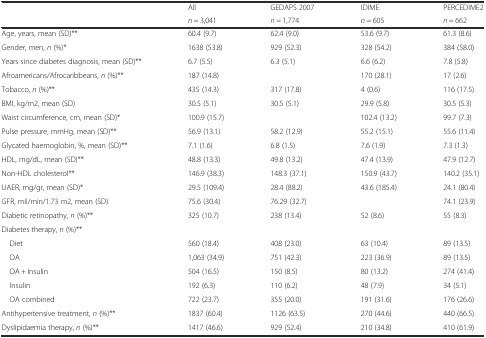
<table><thead><tr><td rowspan="2"></td><td><b>All</b></td><td><b>GEDAPS 2007</b></td><td><b>IDIME</b></td><td><b>PERCEDIME2</b></td></tr><tr><td><b><i>n</i> = 3,041</b></td><td><b><i>n</i> = 1,774</b></td><td><b><i>n</i> = 605</b></td><td><b><i>n</i> = 662</b></td></tr></thead><tbody><tr><td>Age, years, mean (SD)**</td><td>60.4 (9.7)</td><td>62.4 (9.0)</td><td>53.6 (9.7)</td><td>61.3 (8.6)</td></tr><tr><td>Gender, men, <i>n</i> (%)*</td><td>1638 (53.8)</td><td>929 (52.3)</td><td>328 (54.2)</td><td>384 (58.0)</td></tr><tr><td>Years since diabetes diagnosis, mean (SD)**</td><td>6.7 (5.5)</td><td>6.3 (5.1)</td><td>6.6 (6.2)</td><td>7.8 (5.8)</td></tr><tr><td>Afroamericans/Afrocaribbeans, <i>n</i> (%)**</td><td>187 (14.8)</td><td></td><td>170 (28.1)</td><td>17 (2.6)</td></tr><tr><td>Tobacco, <i>n</i> (%)**</td><td>435 (14.3)</td><td>317 (17.8)</td><td>4 (0.6)</td><td>116 (17.5)</td></tr><tr><td>BMI, kg/m2, mean (SD)</td><td>30.5 (5.1)</td><td>30.5 (5.1)</td><td>29.9 (5.8)</td><td>30.5 (5.3)</td></tr><tr><td>Waist circumference, cm, mean (SD)*</td><td>100.9 (15.7)</td><td></td><td>102.4 (13.2)</td><td>99.7 (7.3)</td></tr><tr><td>Pulse pressure, mmHg, mean (SD)**</td><td>56.9 (13.1)</td><td>58.2 (12.9)</td><td>55.2 (15.1)</td><td>55.6 (11.4)</td></tr><tr><td>Glycated haemoglobin, %, mean (SD)**</td><td>7.1 (1.6)</td><td>6.8 (1.5)</td><td>7.6 (1.9)</td><td>7.3 (1.3)</td></tr><tr><td>HDL, mg/dL, mean (SD)**</td><td>48.8 (13.3)</td><td>49.8 (13.2)</td><td>47.4 (13.9)</td><td>47.9 (12.7)</td></tr><tr><td>Non-HDL cholesterol**</td><td>146.9 (38.3)</td><td>148.3 (37.1)</td><td>150.9 (43.7)</td><td>140.2 (35.1)</td></tr><tr><td>UAER, mg/gr, mean (SD)*</td><td>29.5 (109.4)</td><td>28.4 (88.2)</td><td>43.6 (185.4)</td><td>24.1 (80.4)</td></tr><tr><td>GFR, mil/min/1.73 m2, mean (SD)</td><td>75.6 (30.4)</td><td>76.29 (32.7)</td><td></td><td>74.1 (23.9)</td></tr><tr><td>Diabetic retinopathy, <i>n</i> (%)**</td><td>325 (10.7)</td><td>238 (13.4)</td><td>52 (8.6)</td><td>55 (8.3)</td></tr><tr><td>Diabetes therapy, <i>n</i> (%)**</td><td></td><td></td><td></td><td></td></tr><tr><td> Diet</td><td>560 (18.4)</td><td>408 (23.0)</td><td>63 (10.4)</td><td>89 (13.5)</td></tr><tr><td> OA</td><td>1,063 (34.9)</td><td>751 (42.3)</td><td>223 (36.9)</td><td>89 (13.5)</td></tr><tr><td> OA + Insulin</td><td>504 (16.5)</td><td>150 (8.5)</td><td>80 (13.2)</td><td>274 (41.4)</td></tr><tr><td> Insulin</td><td>192 (6.3)</td><td>110 (6.2)</td><td>48 (7.9)</td><td>34 (5.1)</td></tr><tr><td> OA combined</td><td>722 (23.7)</td><td>355 (20.0)</td><td>191 (31.6)</td><td>176 (26.6)</td></tr><tr><td>Antihypertensive treatment, <i>n</i> (%)**</td><td>1837 (60.4)</td><td>1126 (63.5)</td><td>270 (44.6)</td><td>440 (66.5)</td></tr><tr><td>Dyslipidaemia therapy, <i>n</i> (%)**</td><td>1417 (46.6)</td><td>929 (52.4)</td><td>210 (34.8)</td><td>410 (61.9)</td></tr></tbody></table>